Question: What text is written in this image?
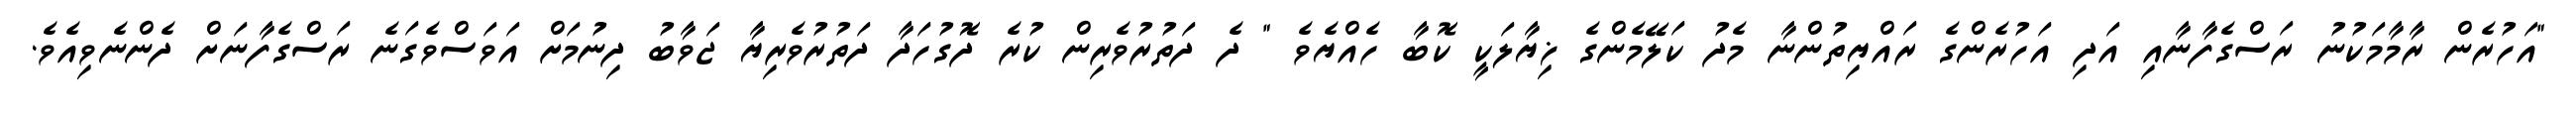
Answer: "އަހުރެން ރާމާމަކުނު ރަސްގެފާނާއި އަދި އަހުރެންގެ ރައްޔިތުންނާ މެދު ކަލޭމެންގެ ޚިޔާލަކީ ކޮބާ ހެއްޔެވެ " ދެ ދަތުރުވެރިން ކުރެ ދޮގުހަދާ ދަތުރުވެރިޔާ ޖަވާބު ދިނުމަށް އަވަސްވެގަނެ ރަސްގެފާނަށް ދެންނެވިއެވެ.